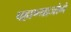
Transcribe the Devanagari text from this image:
पहाण्याजोगे